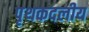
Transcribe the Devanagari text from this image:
पृथकदलीय